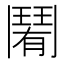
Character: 𩰑